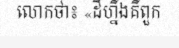
លោកថា៖ «ដីហ្នឹងគឺពួក